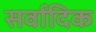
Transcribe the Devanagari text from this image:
सर्वादिक